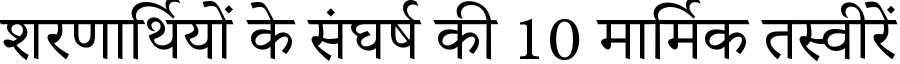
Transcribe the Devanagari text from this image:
शरणार्थियों के संघर्ष की 10 मार्मिक तस्वीरें